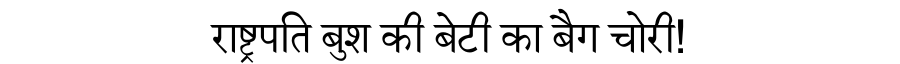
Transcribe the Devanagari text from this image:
राष्ट्रपति बुश की बेटी का बैग चोरी!